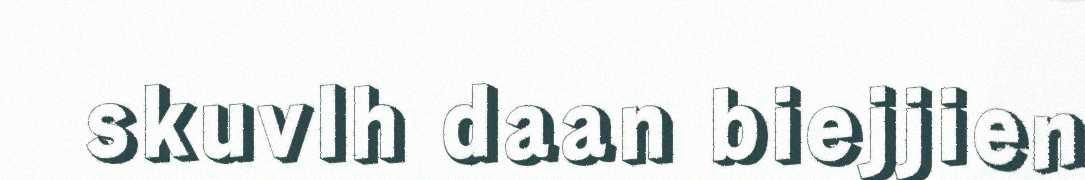
skuvlh daan biejjien